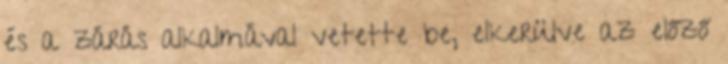
és a zárás alkalmával vetette be, elkerülve az előző